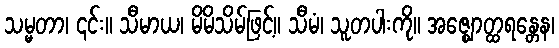
သမ္မတာ၊ ၎င်း။ သီမာယ၊ မိမိသိမ်ဖြင့်။ သီမံ၊ သူတပါးကို။ အဇ္ဈောတ္ထရန္တေန၊